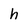
Character: h